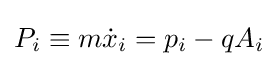
P_{i}\equiv m{\dot {x}}_{i}=p_{i}-qA_{i}